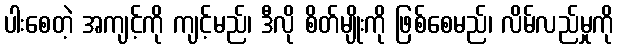
ပါးစေတဲ့ အကျင့်ကို ကျင့်မည်၊ ဒီလို စိတ်မျိုးကို ဖြစ်စေမည်၊ လိမ်လည်မှုကို